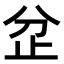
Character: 𣥝